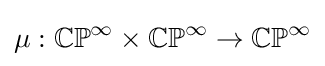
\mu :\mathbb {CP} ^{\infty }\times \mathbb {CP} ^{\infty }\to \mathbb {CP} ^{\infty }